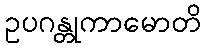
ဥပဂန္တုကာမောတိ